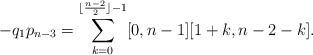
\begin{align*} -q_1p_{n-3} = \sum_{k=0}^{\lfloor \frac{n-2}{2} \rfloor -1} [0,n-1] [1+k,n-2-k].\end{align*}